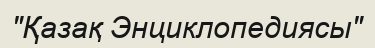
"Қазақ Энциклопедиясы"